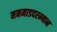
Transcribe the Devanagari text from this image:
मनमाडदरम्यान